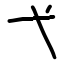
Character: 弋